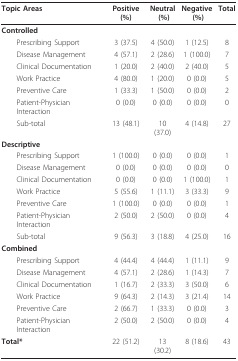
| Topic Areas | Positive (%) | Neutral (%) | Negative (%) | Total |
 | --- | --- | --- | --- | --- |
 | Controlled |  |  |  |  |
 | Prescribing Support | 3 (37.5) | 4 (50.0) | 1 (12.5) | 8 |
 | Disease Management | 4 (57.1) | 2 (28.6) | 1 (100.0) | 7 |
 | Clinical Documentation | 1 (20.0) | 2 (40.0) | 2 (40.0) | 5 |
 | Work Practice | 4 (80.0) | 1 (20.0) | 0 (0.0) | 5 |
 | Preventive Care | 1 (33.3) | 1 (50.0) | 0 (0.0) | 2 |
 | Patient-Physician Interaction | 0 (0.0) | 0 (0.0) | 0 (0.0) | 0 |
 | Sub-total | 13 (48.1) | 10 (37.0) | 4 (14.8) | 27 |
 | Descriptive |  |  |  |  |
 | Prescribing Support | 1 (100.0) | 0 (0.0) | 0 (0.0) | 1 |
 | Disease Management | 0 (0.0) | 0 (0.0) | 0 (0.0) | 0 |
 | Clinical Documentation | 0 (0.0) | 0 (0.0) | 1 (100.0) | 1 |
 | Work Practice | 5 (55.6) | 1 (11.1) | 3 (33.3) | 9 |
 | Preventive Care | 1 (100.0) | 0 (0.0) | 0 (0.0) | 1 |
 | Patient-Physician Interaction | 2 (50.0) | 2 (50.0) | 0 (0.0) | 4 |
 | Sub-total | 9 (56.3) | 3 (18.8) | 4 (25.0) | 16 |
 | Combined |  |  |  |  |
 | Prescribing Support | 4 (44.4) | 4 (44.4) | 1 (11.1) | 9 |
 | Disease Management | 4 (57.1) | 2 (28.6) | 1 (14.3) | 7 |
 | Clinical Documentation | 1 (16.7) | 2 (33.3) | 3 (50.0) | 6 |
 | Work Practice | 9 (64.3) | 2 (14.3) | 3 (21.4) | 14 |
 | Preventive Care | 2 (66.7) | 1 (33.3) | 0 (0.0) | 3 |
 | Patient-Physician Interaction | 2 (50.0) | 2 (50.0) | 0 (0.0) | 4 |
 | Total* | 22 (51.2) | 13 (30.2) | 8 (18.6) | 43 |